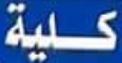
كلیة